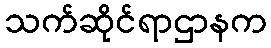
သက်ဆိုင်ရာဌာနက